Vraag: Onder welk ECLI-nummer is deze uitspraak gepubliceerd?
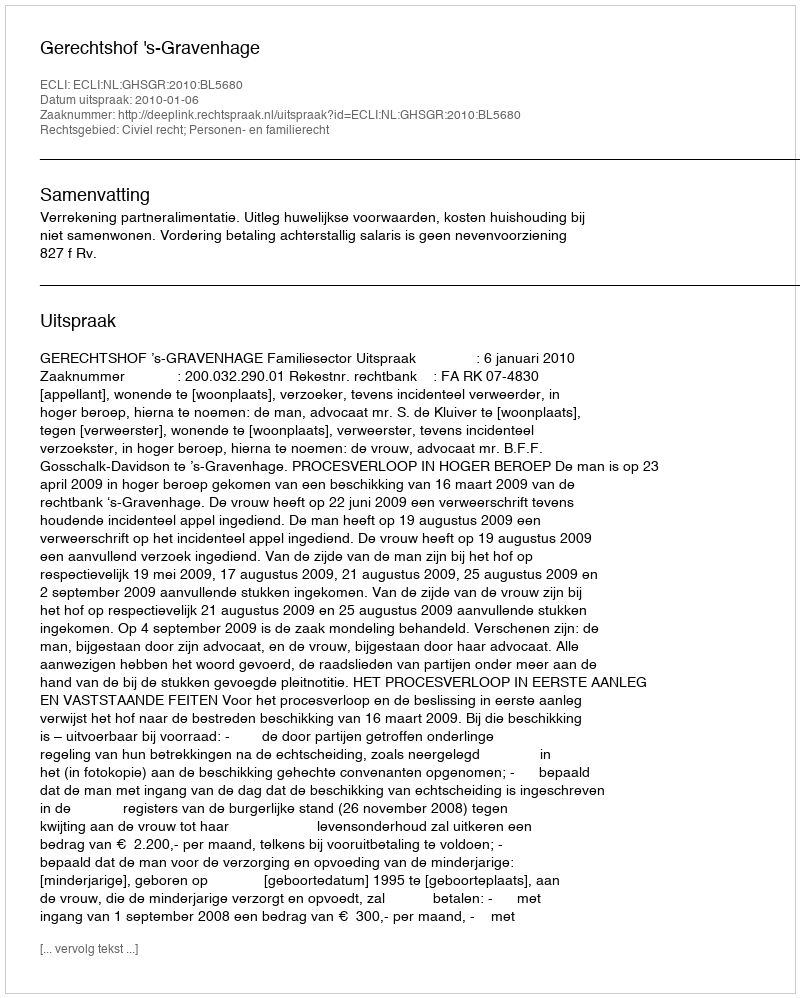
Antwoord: ECLI:NL:GHSGR:2010:BL5680